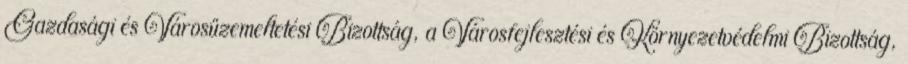
Gazdasági és Városüzemeltetési Bizottság, a Városfejlesztési és Környezetvédelmi Bizottság,